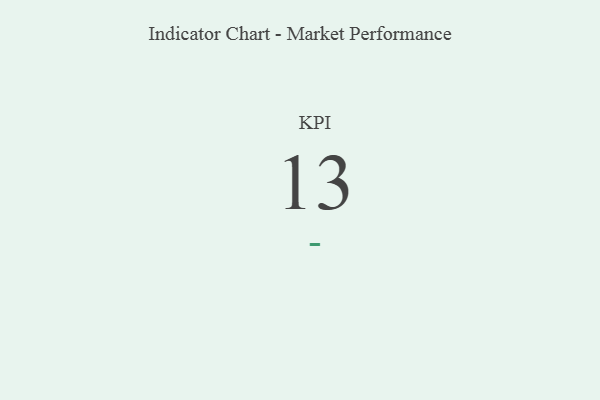
{"axis": {"x": "KPI", "y": "Value"}, "legend": [""], "data": [{"x": "KPI", "y": 13, "type": ""}]}